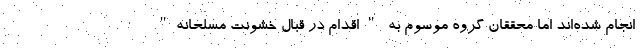
انجام شده‌اند اما محققان گروه موسوم به "اقدام در قبال خشونت مسلحانه"